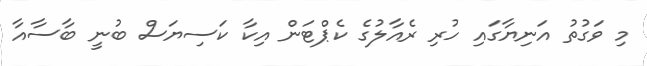
މި ވަގުތު އަނިޔާގައި ހުރި ރެއާލުގެ ކެޕްޓަން އިކާ ކަސިޔަސް ބުނީ ބާސާއާ